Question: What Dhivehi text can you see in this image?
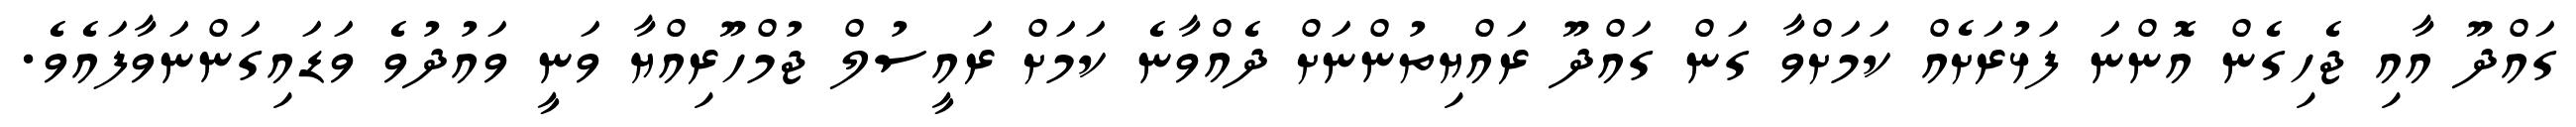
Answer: ގައްދޫ އާއި ޖެހިގެން އޮންނަ ފަޅުރަށެއް ކަމަށްވާ ގަން ގައްދޫ ރައްޔިތުންނަށް ދެއްވާނެ ކަމަށް ރައީސުލް ޖުމްހޫރިއްޔާ ވަނީ ވައުދުވެ ވަޑައިގަންނަވާފައެވެ.